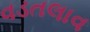
વડતલાવ